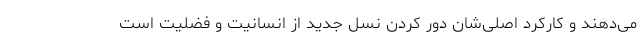
می‌دهند و کارکرد اصلی‌شان دور کردن نسل جدید از انسانیت و فضلیت است